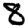
Digit: 8